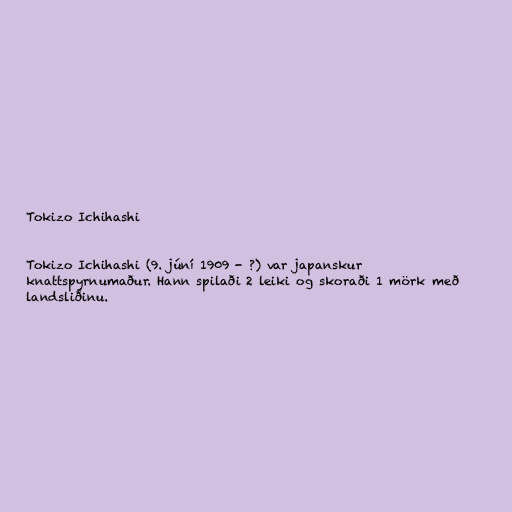
Tokizo Ichihashi

Tokizo Ichihashi (9. júní 1909 - ?) var japanskur
knattspyrnumaður. Hann spilaði 2 leiki og skoraði 1 mörk með
landsliðinu.